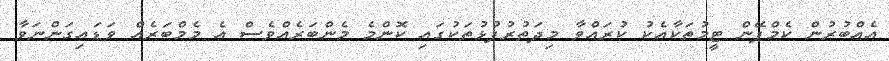
އެއްބުރުން ކެމްޕޭން ޓީމުތަކާއެކު ކުރައްވާ މިދަތުރުފުޅުތަކުގައި ކޮންމެ މެންބަރެއްވެސް އެ މެމްބަރެއް ވަޑައިގަންނަވާ